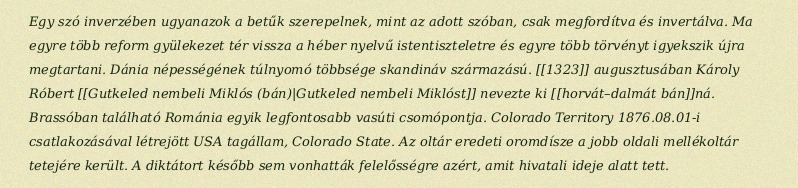
Egy szó inverzében ugyanazok a betűk szerepelnek, mint az adott szóban, csak megfordítva és invertálva. Ma egyre több reform gyülekezet tér vissza a héber nyelvű istentiszteletre és egyre több törvényt igyekszik újra megtartani. Dánia népességének túlnyomó többsége skandináv származású. [[1323]] augusztusában Károly Róbert [[Gutkeled nembeli Miklós (bán)|Gutkeled nembeli Miklóst]] nevezte ki [[horvát–dalmát bán]]ná. Brassóban található Románia egyik legfontosabb vasúti csomópontja. Colorado Territory 1876.08.01-i csatlakozásával létrejött USA tagállam, Colorado State. Az oltár eredeti oromdísze a jobb oldali mellékoltár tetejére került. A diktátort később sem vonhatták felelősségre azért, amit hivatali ideje alatt tett.